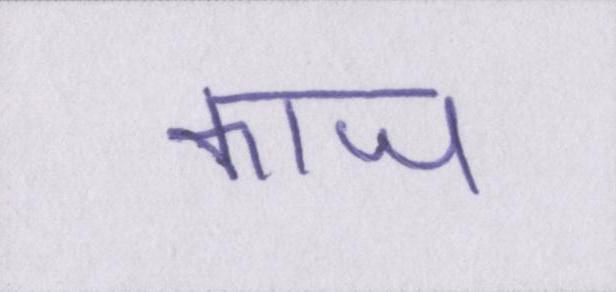
काज